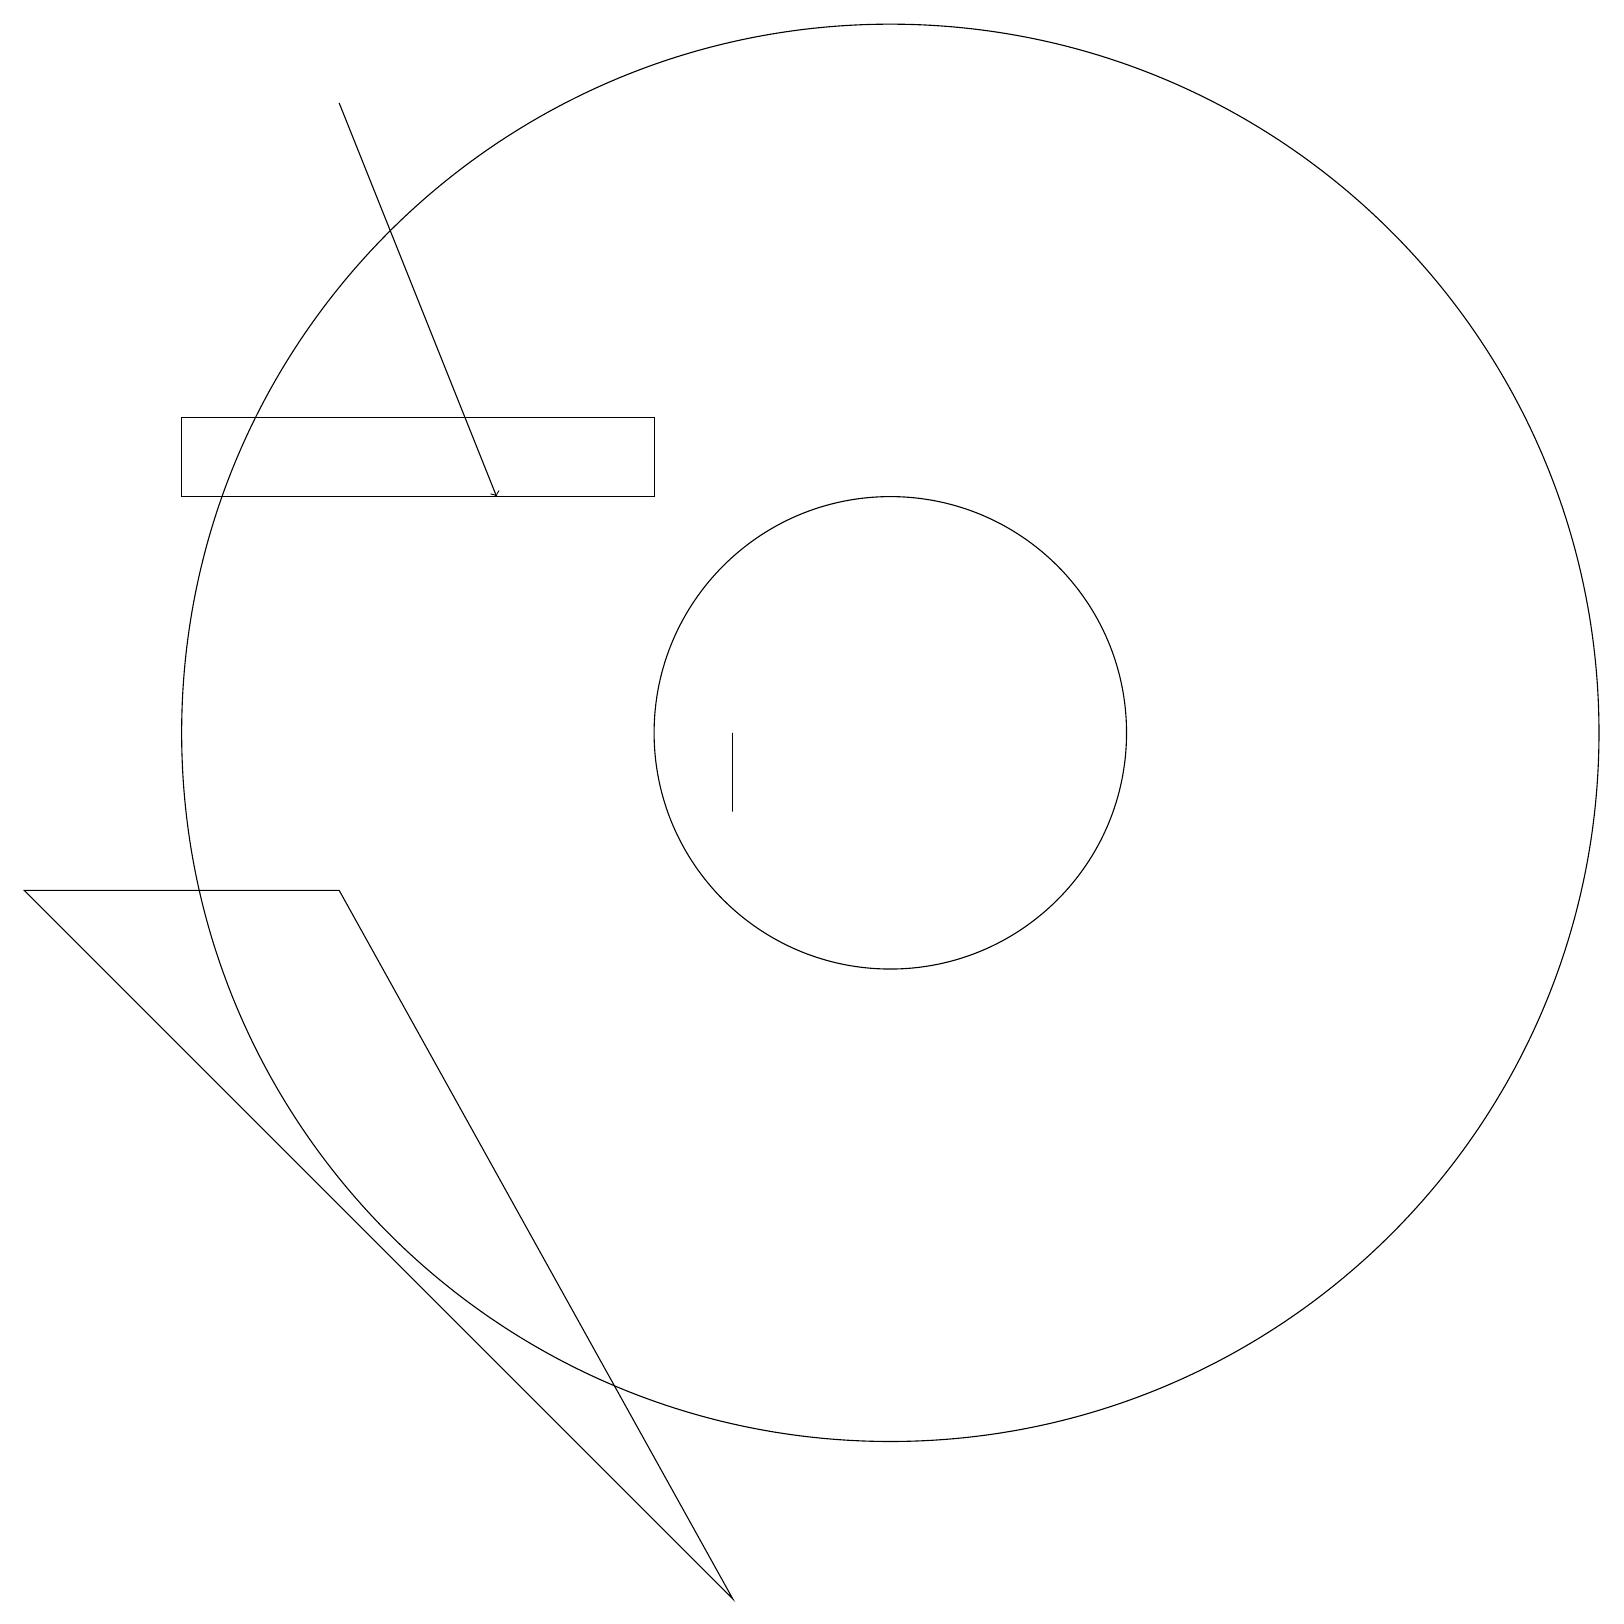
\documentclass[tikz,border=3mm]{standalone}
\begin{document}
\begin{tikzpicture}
\draw (11,11) circle (9);
\draw (2,15) rectangle (8,14);
\draw (9,10) rectangle (9,11);
\draw[->] (4,19) -- (6,14);
\draw (11,11) circle (3);
\draw (4,9) -- (9,0) -- (0,9) -- cycle;
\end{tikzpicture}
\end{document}